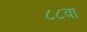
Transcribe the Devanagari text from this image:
८८वा